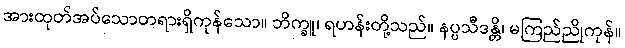
အားထုတ်အပ်သောတရားရှိကုန်သော။ ဘိက္ခူ၊ ရဟန်းတို့သည်။ နပ္ပသီဒန္တိ၊ မကြည်ညိုကုန်။